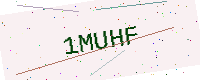
Text: 1MUHF